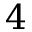
4